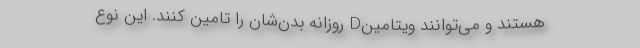
هستند و می‌توانند ویتامینD روزانه‌ بدن‌شان را تامین کنند. این نوع